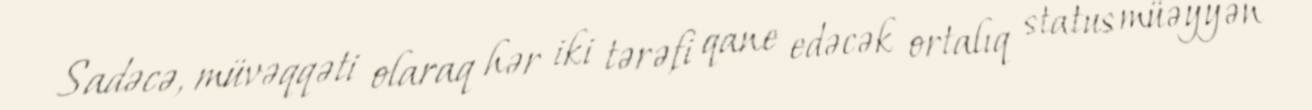
Sadəcə, müvəqqəti olaraq hər iki tərəfi qane edəcək ortalıq status müəyyən